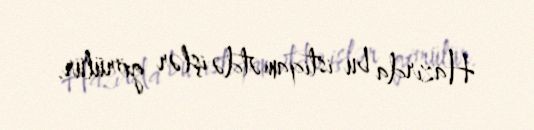
Hazırda bu istiqamətdə işlər görülür.